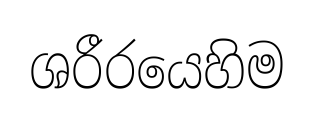
ශරීරයෙහිම